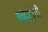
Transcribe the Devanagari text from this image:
सर्वदृष्टीनी